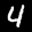
Label: 4